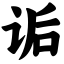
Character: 诟